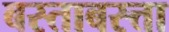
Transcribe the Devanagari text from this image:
बस्ताबस्त्ता